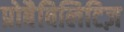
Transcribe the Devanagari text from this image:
प्रोबैबिलिटिज़